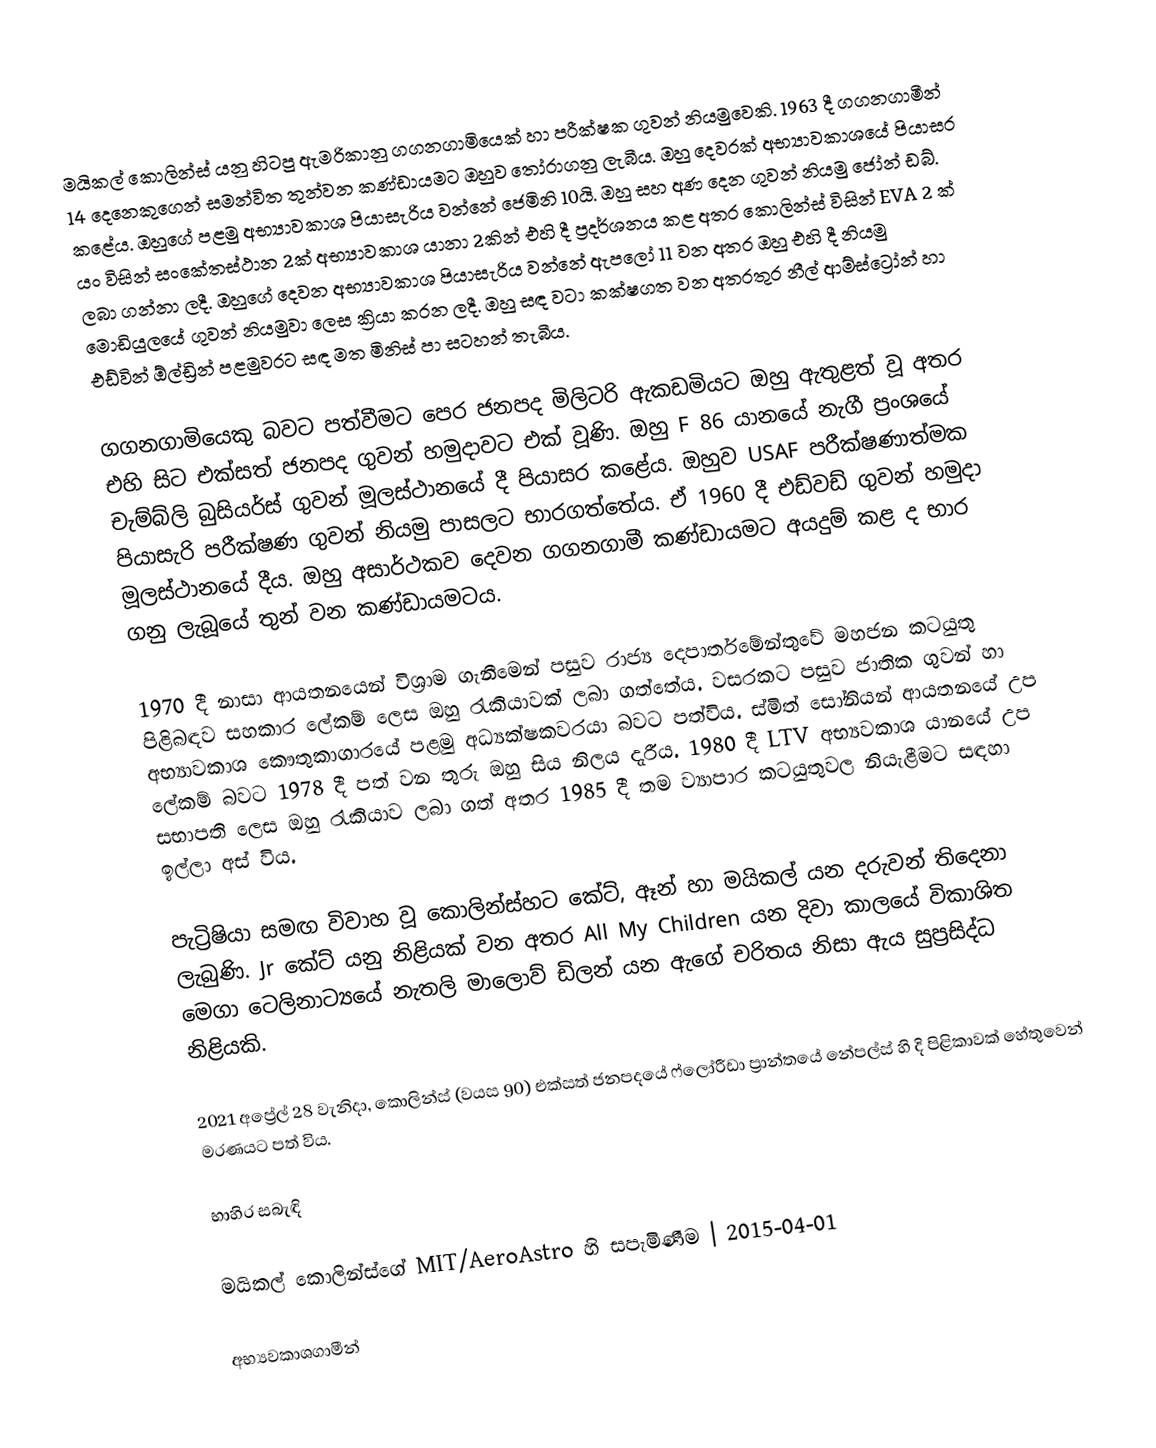
මයිකල් කොලින්ස් යනු හිටපු ඇමරිකානු ගගනගාමියෙක් හා පරීක්ෂක ගුවන් නියමුවෙකි. 1963 දී ගගනගාමීන් 14 දෙනෙකුගෙන් සමන්විත තුන්වන කණ්ඩායමට ඔහුව තෝරාගනු ලැබීය. ඔහු දෙවරක් අභ්‍යාවකාශයේ පියාසර කළේය. ඔහුගේ පළමු අභ්‍යාවකාශ පියාසැරිය වන්නේ ජෙමිනි 10යි. ඔහු සහ අණ දෙන ගුවන් නියමු ජෝන්  ඩබ්. යං විසින් සංකේතස්ථාන 2ක් අභ්‍යාවකාශ යානා 2කින් එහි දී ප්‍රදර්ශනය කළ අතර කොලින්ස් විසින් EVA 2 ක් ලබා ගන්නා ලදී. ඔහුගේ දෙවන අභ්‍යාවකාශ පියාසැරිය වන්නේ ඇපලෝ 11 වන අතර ඔහු එහි දී නියමු මොඩියුලයේ ගුවන් නියමුවා ලෙස ක්‍රියා කරන ලදී. ඔහු සඳ වටා කක්ෂගත වන අතරතුර නීල් ආම්ස්ට්‍රෝන් හා එඩ්වින් ඕල්ඩ්‍රින් පළමුවරට සඳ මත මිනිස් පා සටහන් තැබීය.

ගගනගාමියෙකු බවට පත්වීමට පෙර ජනපද මිලිටරි ඇකඩමියට ඔහු ඇතුළත් වූ අතර එහි සිට එක්සත් ජනපද ගුවන් හමුදාවට එක් වූණි. ඔහු F 86 යානයේ නැගී ප්‍රංශයේ චැම්බ්ලි බුසියර්ස් ගුවන් මූලස්ථානයේ දී පියාසර කළේය. ඔහුව USAF පරීක්ෂණාත්මක පියාසැරි පරීක්ෂණ ගුවන් නියමු පාසලට භාරගත්තේය. ඒ 1960 දී එඩ්වඩ් ගුවන් හමුදා මූලස්ථානයේ දීය. ඔහු අසාර්ථකව දෙවන ගගනගාමී කණ්ඩායමට අයදුම් කළ ද භාර ගනු ලැබූයේ තුන් වන කණ්ඩායමටය.

1970 දී නාසා ආයතනයෙන් විශ්‍රාම ගැනීමෙන් පසුව රාජ්‍ය දෙපාර්තමේන්තුවේ මහජන කටයුතු පිළිබඳව සහකාර ලේකම් ලෙස ඔහු රැකියාවක් ලබා ගත්තේය. වසරකට පසුව ජාතික ගුවන් හා අභ්‍යාවකාශ කෞතුකාගාරයේ පළමු අධ්‍යක්ෂකවරයා බවට පත්විය. ස්මිත් සෝනියන් ආයතනයේ උප ලේකම් බවට 1978 දී පත් වන තුරු ඔහු සිය නිලය දැරීය. 1980 දී LTV අභ්‍යවකාශ යානයේ උප සභාපති ලෙස ඔහු රැකියාව ලබා ගත් අතර 1985 දී තම ව්‍යාපාර කටයුතුවල නියැළීමට සඳහා ඉල්ලා අස් විය.

පැට්‍රිෂියා සමඟ විවාහ වූ කොලින්ස්හට කේට්, ඈන් හා මයිකල් යන දරුවන් තිදෙනා ලැබුණි. Jr කේට් යනු නිළියක් වන අතර All My Children යන දිවා කාලයේ විකාශිත මෙගා ටෙලිනාට්‍යයේ නැතලි මාලොව් ඩිලන් යන ඇගේ චරිතය නිසා ඇය සුප්‍රසිද්ධ නිළියකි.

2021 අප්‍රේල් 28 වැනිදා, කොලින්ස් (වයස 90) එක්සත් ජනපදයේ ෆ්ලෝරීඩා ප්‍රාන්තයේ නේපල්ස් හි දි පිළිකාවක් හේතුවෙන් මරණයට පත් විය.

භාහිර සබැඳි

 මයිකල් කොලින්ස්ගේ MIT/AeroAstro හි සපැමිණීම | 2015-04-01

අභ්‍යවකාශගාමීන්